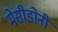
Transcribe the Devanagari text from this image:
मेसीडोनी